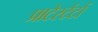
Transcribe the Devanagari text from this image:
प्राटेस्टेंटों